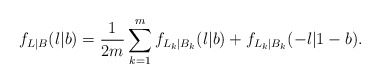
\begin{align*}f_{L|B}(l|b) = \frac{1}{2m}\sum_{k=1}^{m} f_{L_{k}|B_{k}}(l|b)+f_{L_{k}|B_{k}}(-l|1-b).\end{align*}